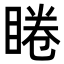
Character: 睠